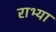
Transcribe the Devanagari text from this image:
राभ्या